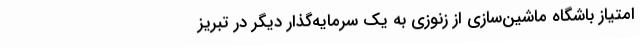
امتیاز باشگاه ماشین‌سازی از زنوزی به یک سرمایه‌گذار دیگر در تبریز